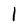
Character: l